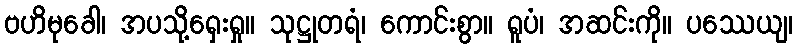
ဗဟိမုခေါ၊ အပသို့ရှေးရှု။ သုဋ္ဌုတရံ၊ ကောင်းစွာ။ ရူပံ၊ အဆင်းကို။ ပဿေယျ၊